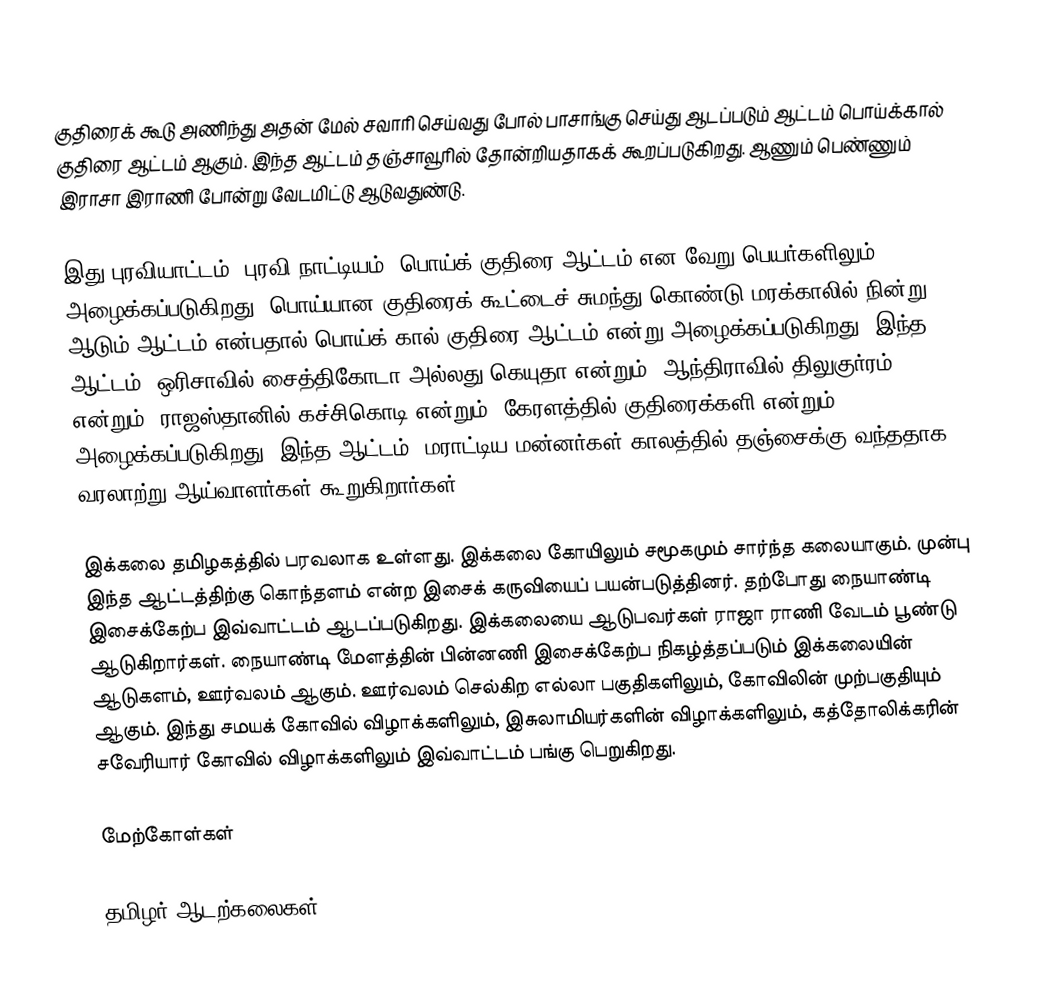
குதிரைக் கூடு அணிந்து அதன் மேல் சவாரி செய்வது போல் பாசாங்கு செய்து ஆடப்படும் ஆட்டம் பொய்க்கால் குதிரை ஆட்டம் ஆகும்.  இந்த ஆட்டம் தஞ்சாவூரில் தோன்றியதாகக் கூறப்படுகிறது.  ஆணும் பெண்ணும் இராசா இராணி போன்று வேடமிட்டு ஆடுவதுண்டு.

இது புரவியாட்டம், புரவி நாட்டியம், பொய்க் குதிரை ஆட்டம் என வேறு பெயர்களிலும் அழைக்கப்படுகிறது. பொய்யான குதிரைக் கூட்டைச் சுமந்து கொண்டு மரக்காலில் நின்று ஆடும் ஆட்டம் என்பதால் பொய்க் கால் குதிரை ஆட்டம் என்று அழைக்கப்படுகிறது. இந்த ஆட்டம், ஒரிசாவில் சைத்திகோடா அல்லது கெயுதா என்றும், ஆந்திராவில் திலுகுர்ரம் என்றும், ராஜஸ்தானில் கச்சிகொடி என்றும், கேரளத்தில் குதிரைக்களி என்றும் அழைக்கப்படுகிறது. இந்த ஆட்டம், மராட்டிய மன்னர்கள் காலத்தில் தஞ்சைக்கு வந்ததாக வரலாற்று ஆய்வாளர்கள் கூறுகிறார்கள்.

இக்கலை தமிழகத்தில் பரவலாக உள்ளது. இக்கலை கோயிலும் சமூகமும் சார்ந்த கலையாகும். முன்பு இந்த ஆட்டத்திற்கு கொந்தளம் என்ற இசைக் கருவியைப் பயன்படுத்தினர். தற்போது நையாண்டி இசைக்கேற்ப இவ்வாட்டம் ஆடப்படுகிறது. இக்கலையை ஆடுபவர்கள் ராஜா ராணி வேடம் பூண்டு ஆடுகிறார்கள். நையாண்டி மேளத்தின் பின்னணி இசைக்கேற்ப நிகழ்த்தப்படும் இக்கலையின் ஆடுகளம், ஊர்வலம் ஆகும். ஊர்வலம் செல்கிற எல்லா பகுதிகளிலும், கோவிலின் முற்பகுதியும் ஆகும். இந்து சமயக் கோவில் விழாக்களிலும், இசுலாமியர்களின் விழாக்களிலும், கத்தோலிக்கரின் சவேரியார் கோவில் விழாக்களிலும் இவ்வாட்டம் பங்கு பெறுகிறது.

மேற்கோள்கள்

தமிழர் ஆடற்கலைகள்